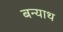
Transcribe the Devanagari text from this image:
बन्याथ